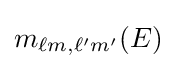
m_{\ell m,\ell 'm'}(E)